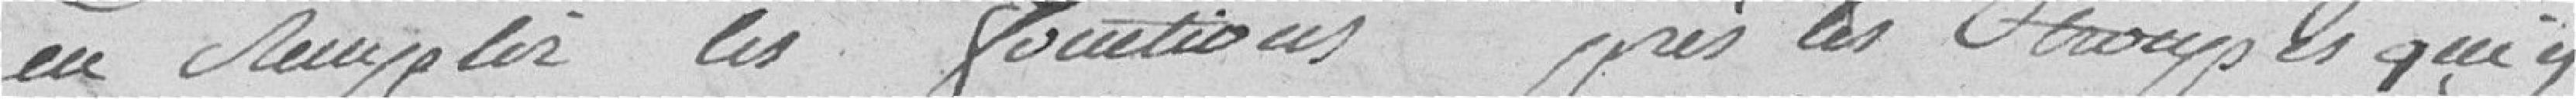
en remplir les fonctions près les troupes qui y